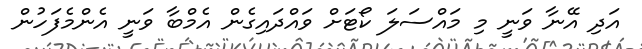
އަދި އޭނާ ވަނީ މި މައްސަލަ ކޯޓަށް ވައްދައިގެން އެމްބާ ވަނީ އެންމެފަހުން